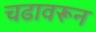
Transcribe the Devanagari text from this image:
चढावरून